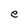
Character: e